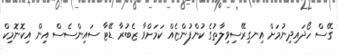
ގޭސް ހޯދައިދިނުމަށް އިނގިރޭސިވިލާތުގެ ކުންފުންޏެއް ކަމަށްވާ ޒެބުރާ ޑޭޓާ ސައިންސެސް އިން އިކޮނޮމިކް